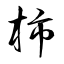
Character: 柿